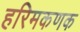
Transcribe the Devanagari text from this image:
हरिमकणक